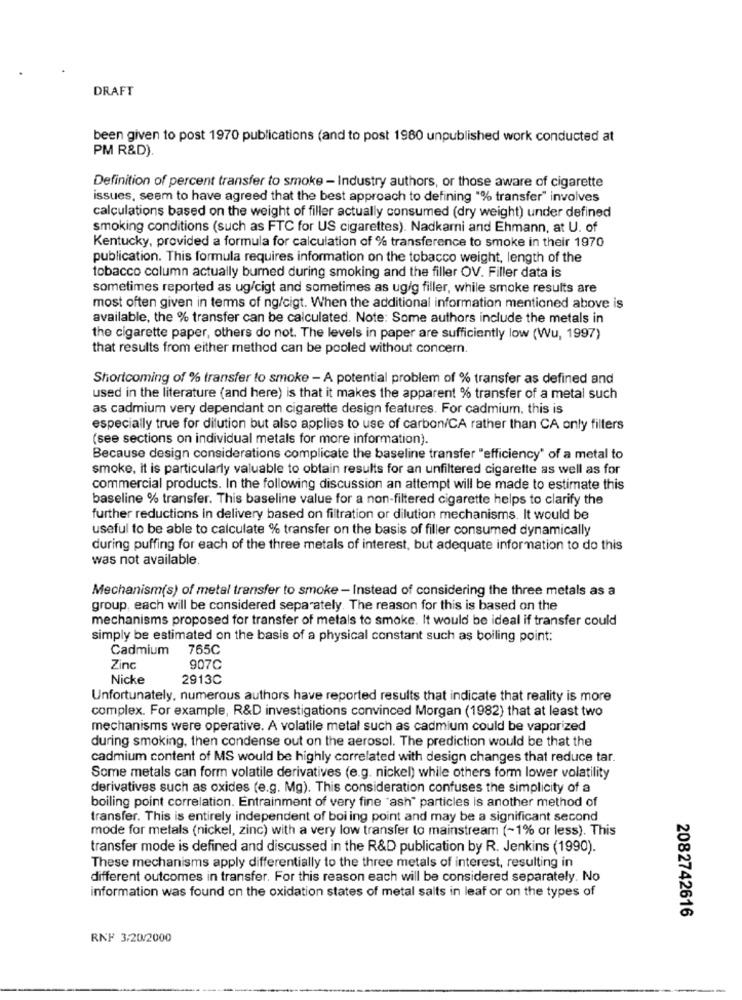
DRAFT
been given to post 1970 publications (and to post 1980 unpublished work conducted at
PM R&D).
Definition of percent transfer to smoke - Industry authors, or those aware of cigarette
issues, seem to have agreed that the best approach to defining "% transfer" involves
calculations based on the weight of filler actually consumed (dry weight) under defined
smoking conditions (such as FTC for US cigarettes). Nadkarni and Ehmann, at U. of
Kentucky, provided a formula for calculation of % transference to smoke in their 1970
publication. This formula requires information on the tobacco weight, length of the
tobacco column actually burned during smoking and the filler OV. Filler data is
sometimes reported as ug/cigt and sometimes as ug/g filler, while smoke results are
most often given in terms of ng/cigt. When the additional information mentioned above is
available, the % transfer can be calculated. Note: Some authors include the metals in
the cigarette paper, others do not. The levels in paper are sufficiently low (Wu, 1997)
that results from either method can be pooled without concern.
Shortcoming of % transfer to smoke - A potential problem of % transfer as defined and
used in the literature (and here) is that it makes the apparent % transfer of a metal such
as cadmium very dependant on cigarette design features. For cadmium, this is
especially true for dilution but also applies to use of carbon/CA rather than CA only filters
(see sections on individual metals for more information).
Because design considerations complicate the baseline transfer "efficiency' of a metal to
smoke, it is particularly valuable to obtain results for an unfiltered cigarette as well as for
commercial products. In the following discussion an attempt will be made to estimate this
baseline % transfer. This baseline value for a non-filtered cigarette helps to clarify the
further reductions in delivery based on filtration or dilution mechanisms. It would be
useful to be able to calculate % transfer on the basis of filler consumed dynamically
during puffing for each of the three metals of interest, but adequate information to do this
was not available.
Mechanism(s) of metal transfer to smoke - Instead of considering the three metals as a
group, each will be considered separately. The reason for this is based on the
mechanisms proposed for transfer of metals to smoke. It would be ideal if transfer could
simply be estimated on the basis of a physical constant such as boiling point:
Cadmium
765C
Zinc
907C
Nicke
2913C
Unfortunately, numerous authors have reported results that indicate that reality is more
complex. For example, R&D investigations convinced Morgan (1982) that at least two
mechanisms were operative. A volatile metal such as cadmium could be vaporized
during smoking, then condense out on the aerosol. The prediction would be that the
cadmium content of MS would be highly correlated with design changes that reduce tar.
Some metals can form volatile derivatives (e.g. nickel) while others form lower volatility
derivatives such as oxides (e.g. Mg). This consideration confuses the simplicity of a
boiling point correlation. Entrainment of very fine "ash" particles is another method of
transfer. This is entirely independent of boi ing point and may be a significant second
mode for metals (nickel, zinc) with a very low transfer to mainstream (~1% or less). This
transfer mode is defined and discussed in the R&D publication by R. Jenkins (1990).
These mechanisms apply differentially to the three metals of interest, resulting in
different outcomes in transfer. For this reason each will be considered separately. No
information was found on the oxidation states of metal salts in leaf or on the types of
2082742616
RNF 3/20/2000